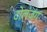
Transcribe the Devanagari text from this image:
टोलंजंग